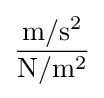
{\frac {\mathrm {m} /\mathrm {s} ^{2}}{\mathrm {N} /\mathrm {m} ^{2}}}